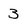
Character: 3